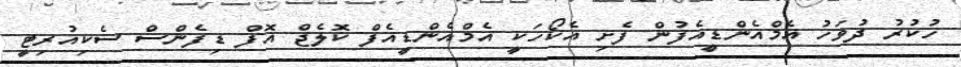
ހުކުރު ދުވަހު އެމްއެންޑީއެފުން ފެށި އެކޯހަކީ އެމްއެންޑީއެފް ކޮލެޖް އޮފް ޑިފެންސް ސެކިއުރިޓީ